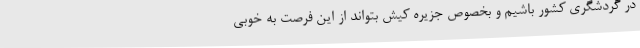
در گردشگری کشور باشیم و بخصوص جزیره کیش بتواند از این فرصت به خوبی